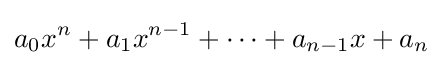
a_{0}x^{n}+a_{1}x^{n-1}+\cdots +a_{n-1}x+a_{n}